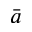
\bar { a }